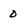
Character: 0